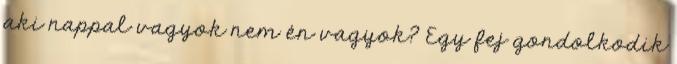
aki nappal vagyok nem én vagyok? Egy fej gondolkodik